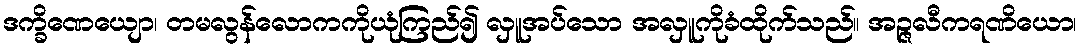
ဒက္ခိဏေယျော၊ တမလွန်လောကကိုယုံကြည်၍ လှူအပ်သော အလှူကိုခံထိုက်သည်။ အဉ္ဇလီကရဏိယော၊